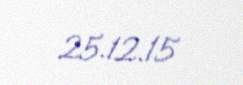
25.12.15